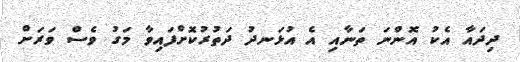
ދިދައާ އެކު އޮންނަ ތަނާއި އެ އުޅަނދު ދަތުރުކޮށްފައިވާ މަގު ވެސް ވަރަށް